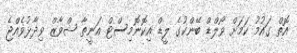
އޮތް ގައުމު ކަމަށް ވޯލްޑް ބޭންކުގެ ލީޑް އިކޮނޮމިސްޓް އަނީތާ ޝްވާޒް ވިދާޅުވެއްޖެ